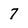
Character: 7